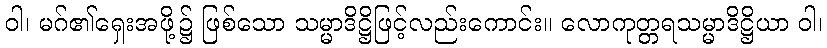
ဝါ၊ မဂ်၏ရှေးအဖို့၌ ဖြစ်သော သမ္မာဒိဋ္ဌိဖြင့်လည်းကောင်း။ လောကုတ္တရသမ္မာဒိဋ္ဌိယာ ဝါ၊